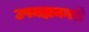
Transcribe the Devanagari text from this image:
उपमहानगरी